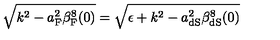
\sqrt { k ^ { 2 } - a _ { \mathrm { F } } ^ { 2 } \beta _ { \mathrm { F } } ^ { 8 } ( 0 ) } = \sqrt { \epsilon + k ^ { 2 } - a _ { \mathrm { d S } } ^ { 2 } \beta _ { \mathrm { d S } } ^ { 8 } ( 0 ) }